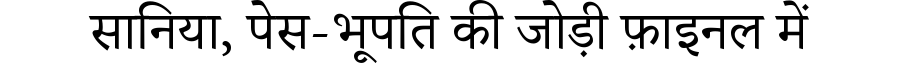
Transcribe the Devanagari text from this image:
सानिया, पेस-भूपति की जोड़ी फ़ाइनल में